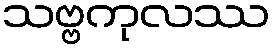
သဗ္ဗကုလဿ